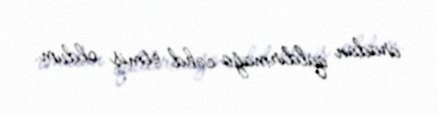
aradan qaldırmağa cəhd etmiş oldum.